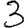
Digit: 3